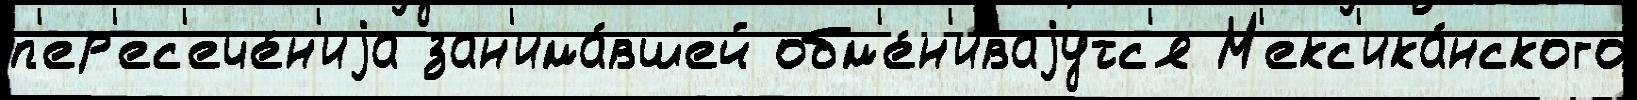
п'ер'ес'ече́н'иjа зан'има́вшей обм'е́н'иваjутс'я М'екс'ика́нского